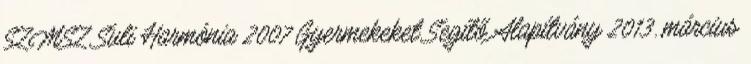
SZMSZ Suli Harmónia 2007 Gyermekeket Segítő Alapítvány 2013. március